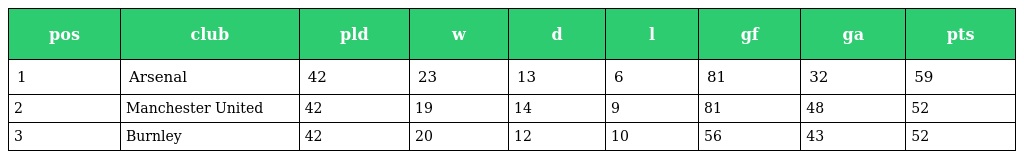
| pos | club | pld | w | d | l | gf | ga | pts |
 | --- | --- | --- | --- | --- | --- | --- | --- | --- |
 | 1 | Arsenal | 42 | 23 | 13 | 6 | 81 | 32 | 59 |
 | 2 | Manchester United | 42 | 19 | 14 | 9 | 81 | 48 | 52 |
 | 3 | Burnley | 42 | 20 | 12 | 10 | 56 | 43 | 52 |